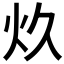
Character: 𰝺